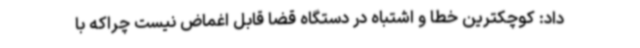
داد: کوچکترین خطا و اشتباه در دستگاه قضا قابل اغماض نیست چراکه با